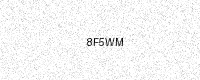
Text: 8F5WM